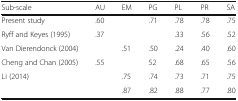
<table><thead><tr><td><b>Sub-scale</b></td><td><b>AU</b></td><td><b>EM</b></td><td><b>PG</b></td><td><b>PL</b></td><td><b>PR</b></td><td><b>SA</b></td></tr></thead><tbody><tr><td>Present study</td><td>.60</td><td>[EMPTY_CELL]</td><td>.71</td><td>.78</td><td>.78</td><td>.75</td></tr><tr><td>Ryff and Keyes (1995)</td><td>.37</td><td>[EMPTY_CELL]</td><td>[EMPTY_CELL]</td><td>.33</td><td>.56</td><td>.52</td></tr><tr><td>Van Dierendonck (2004)</td><td>[EMPTY_CELL]</td><td>.51</td><td>.50</td><td>.24</td><td>.40</td><td>.60</td></tr><tr><td>Cheng and Chan (2005)</td><td>.55</td><td>[EMPTY_CELL]</td><td>52</td><td>.68</td><td>.65</td><td>.56</td></tr><tr><td>Li (2014)</td><td>[EMPTY_CELL]</td><td>.75</td><td>.74</td><td>.73</td><td>.71</td><td>.75</td></tr><tr><td>[EMPTY_CELL]</td><td>[EMPTY_CELL]</td><td>.87</td><td>.82</td><td>.88</td><td>.77</td><td>.80</td></tr></tbody></table>